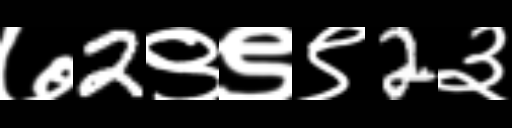
Text: ७2९९९2३